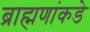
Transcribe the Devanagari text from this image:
ब्राह्मणांकडे